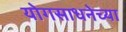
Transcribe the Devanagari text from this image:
योगसाधनेच्या